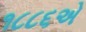
૧૮૮૬એ